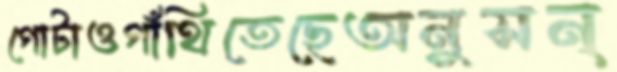
গোটাওগাঁথিতেছেঅনুসন্